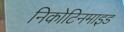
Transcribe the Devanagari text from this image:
निकोटिनमाइड